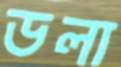
ডলা